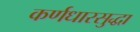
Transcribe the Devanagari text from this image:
कर्णधारसुद्धा